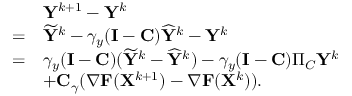
\begin{array} { r l } & { { \mathbf { Y } } ^ { k + 1 } - { \mathbf { Y } } ^ { k } } \\ { = } & { \widetilde { { \mathbf { Y } } } ^ { k } - \gamma _ { y } ( { \mathbf { I } } - { \mathbf { C } } ) \widehat { { \mathbf { Y } } } ^ { k } - { \mathbf { Y } } ^ { k } } \\ { = } & { \gamma _ { y } ( { \mathbf { I } } - { \mathbf { C } } ) ( \widetilde { { \mathbf { Y } } } ^ { k } - \widehat { { \mathbf { Y } } } ^ { k } ) - \gamma _ { y } ( { \mathbf { I } } - { \mathbf { C } } ) \Pi _ { C } { \mathbf { Y } } ^ { k } } \\ & { + { \mathbf { C } } _ { \gamma } ( \nabla { \mathbf { F } } ( { \mathbf { X } } ^ { k + 1 } ) - \nabla { \mathbf { F } } ( { \mathbf { X } } ^ { k } ) ) . } \end{array}